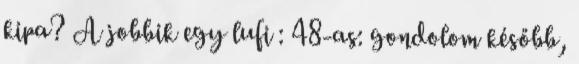
kipa? A jobbik egy lufi : 48-as: gondolom később,